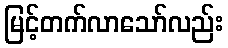
မြင့်တက်လာသော်လည်း